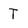
Character: T